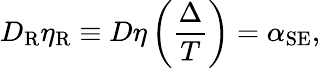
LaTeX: D_{\mathrm{R}}\eta_{\mathrm{R}}\equiv D\eta\left(\frac{\Delta}{T}\right)=\alpha_{\mathrm{SE}},